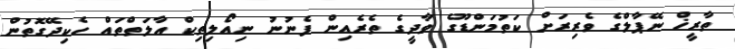
ތާރީޚް ނޭޕާލްގެ ވެރިރަށް ކަތުމަންޑޫގެ ވާދީގެ ތެރެއިން ފެނުނު ނިއޯލިތިކް އާލަތްތައް ހެކިދޭގޮތުން